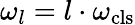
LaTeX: \omega_{l}=l\cdot\omega_{\mathrm{cls}}